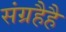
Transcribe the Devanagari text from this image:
संग्रहैहै